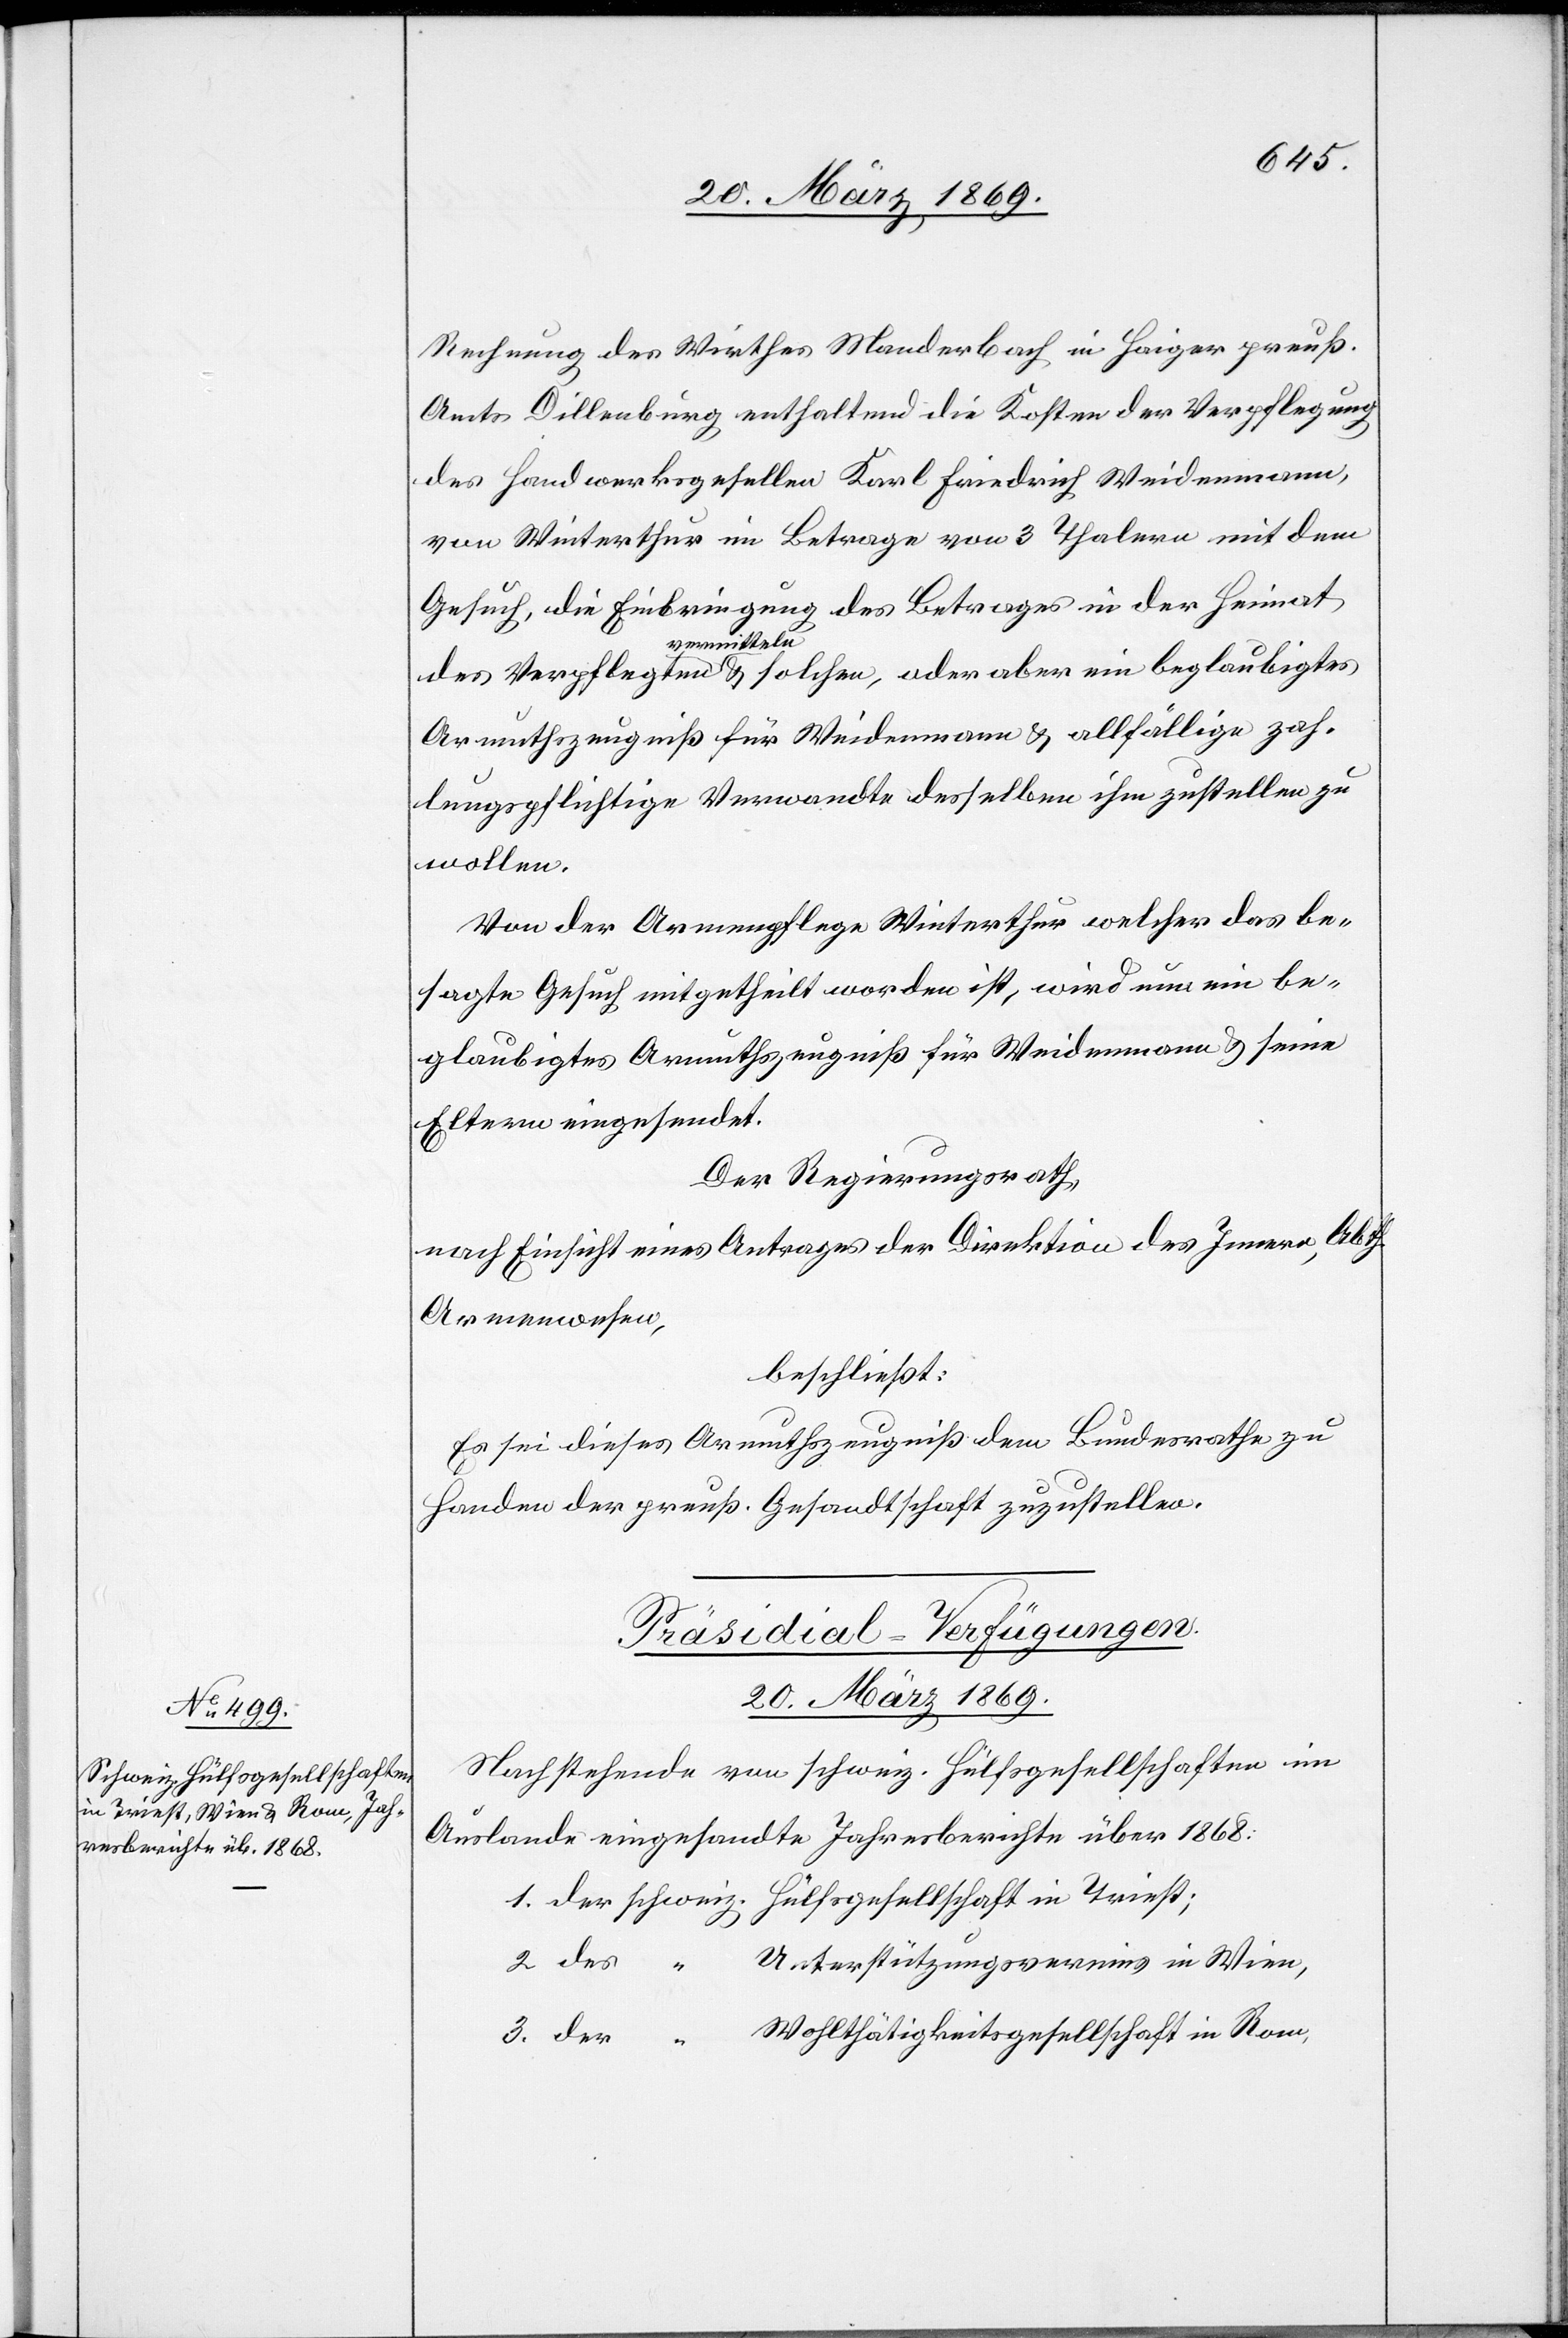
Rechnung des Wirthes Manderbach in Haiger preuß.
Amts Dillenburg enthaltend die Kosten der Verpflegung
des Handwerksgesellen Karl Friedrich Weidenmann,
von Winterthur im Betrage von 3 Thalern mit dem
Gesuch, die Einbringung des Betrages in der Heimat
vermitteln
Armuthszeugniß für Weidenmann u. allfällige zah¬
lungspflichtige Verwandte desselben ihm zustellen zu
wollen.
Von der Armenpflege Winterthur welcher das be¬
sagte Gesuch mitgetheilt worden ist, wird nun ein be¬
glaubigtes Armuthszeugniß für Weidenmann u. seine
Eltern eingesendet.
Der Regierungsrath,
nach Einsicht eines Antrages der Direktion des Innern, Abth.
Armenwesen,
beschließt:
Es sei dieses Armuthszeugniß dem Bundesrathe zu
Handen der preuß. Gesandtschaft zuzustellen.
Präsidial-Verfügungen.
20. März 1869.
Nachstehende von schweiz. Hülfsgesellschaften im
Auslande eingesandte Jahresberichte über 1868: